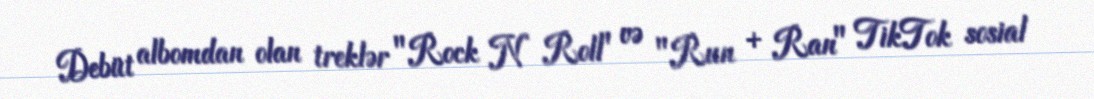
Debüt albomdan olan treklər "Rock N Roll" və "Run + Ran" TikTok sosial